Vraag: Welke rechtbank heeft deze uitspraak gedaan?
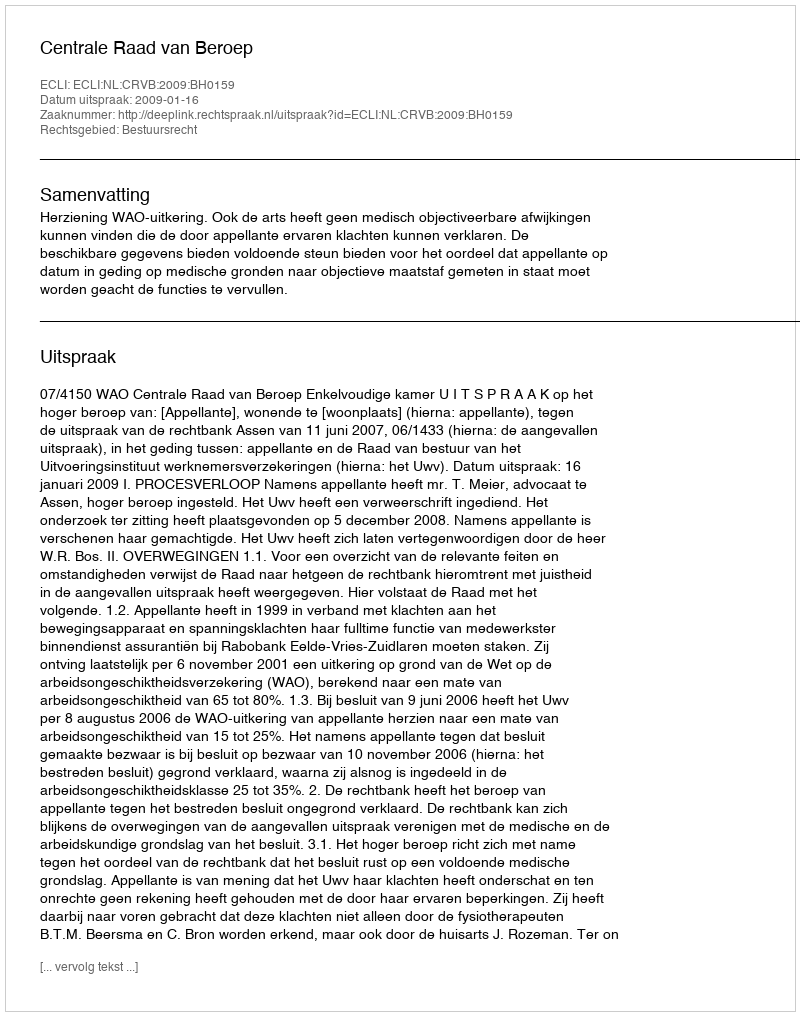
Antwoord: Centrale Raad van Beroep